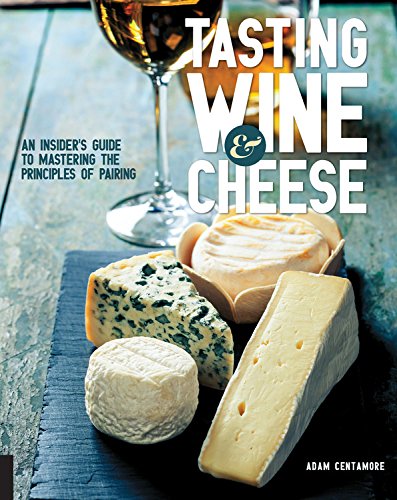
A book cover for Tasting Wine and Cheese: An Insider's Guide to Mastering the Principles of Pairing; Adam Centamore; Cookbooks, Food & Wine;